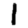
Digit: 1